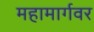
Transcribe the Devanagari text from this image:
महामार्गवर